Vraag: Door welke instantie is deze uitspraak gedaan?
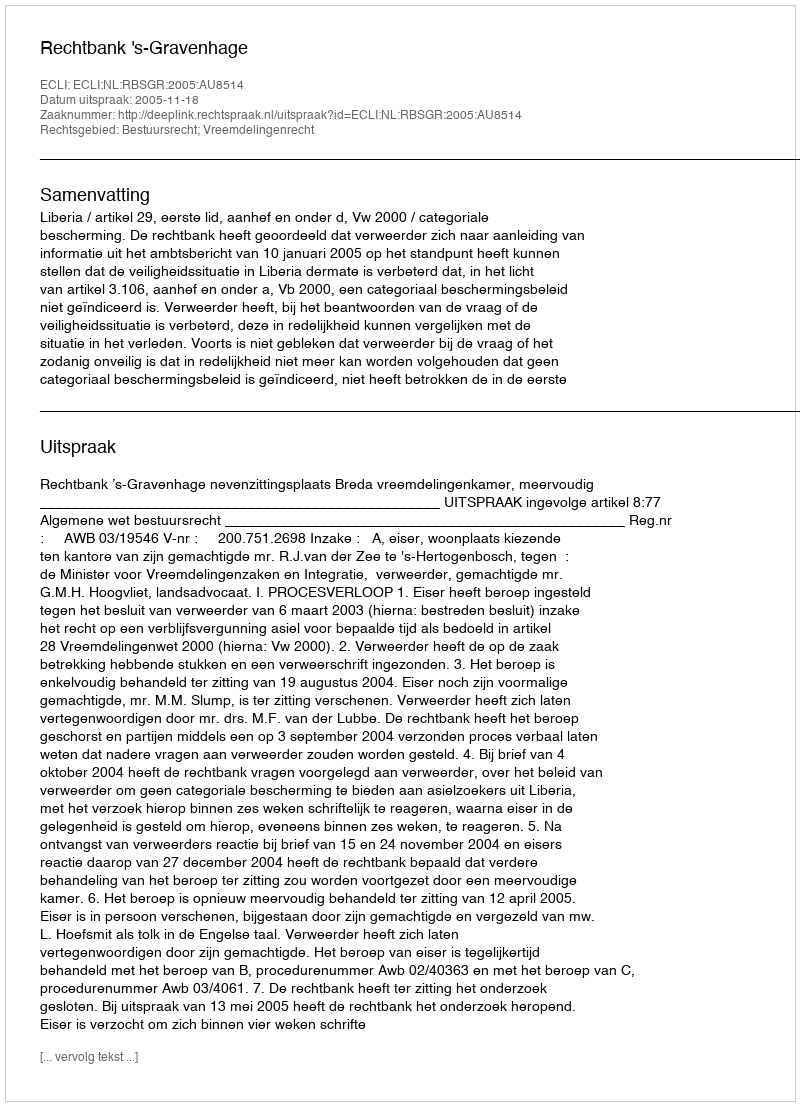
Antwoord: Rechtbank 's-Gravenhage